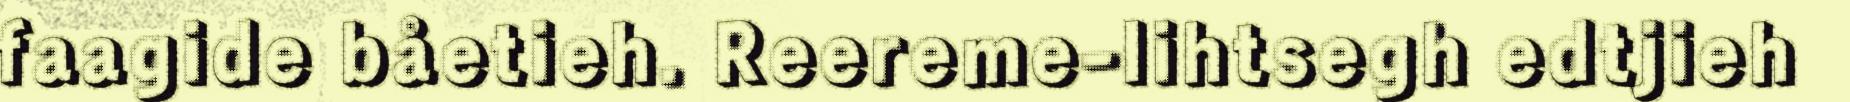
faagide båetieh. Reereme-lihtsegh edtjieh